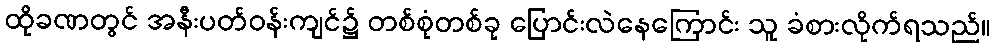
ထိုခဏတွင် အနီးပတ်ဝန်းကျင်၌ တစ်စုံတစ်ခု ပြောင်းလဲနေကြောင်း သူ ခံစားလိုက်ရသည်။